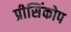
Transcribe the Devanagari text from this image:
प्रीसिंकोप